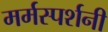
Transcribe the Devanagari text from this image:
मर्मस्पर्शनी